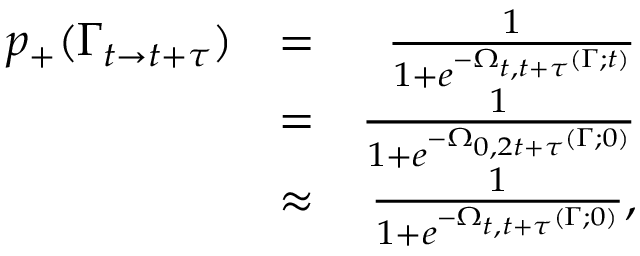
\begin{array} { r l r } { p _ { + } ( \Gamma _ { t \rightarrow t + \tau } ) } & { = } & { \frac { 1 } { 1 + e ^ { - \Omega _ { t , t + \tau } ( \Gamma ; t ) } } } \\ & { = } & { \frac { 1 } { 1 + e ^ { - \Omega _ { 0 , 2 t + \tau } ( \Gamma ; 0 ) } } } \\ & { \approx } & { \frac { 1 } { 1 + e ^ { - \Omega _ { t , t + \tau } ( \Gamma ; 0 ) } } , } \end{array}